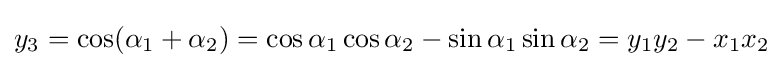
{\displaystyle }y_{3}=\cos({\alpha }_{1}+{\alpha }_{2})=\cos {\alpha }_{1}\cos {\alpha }_{2}-\sin {\alpha }_{1}\sin {\alpha }_{2}=y_{1}y_{2}-x_{1}x_{2}